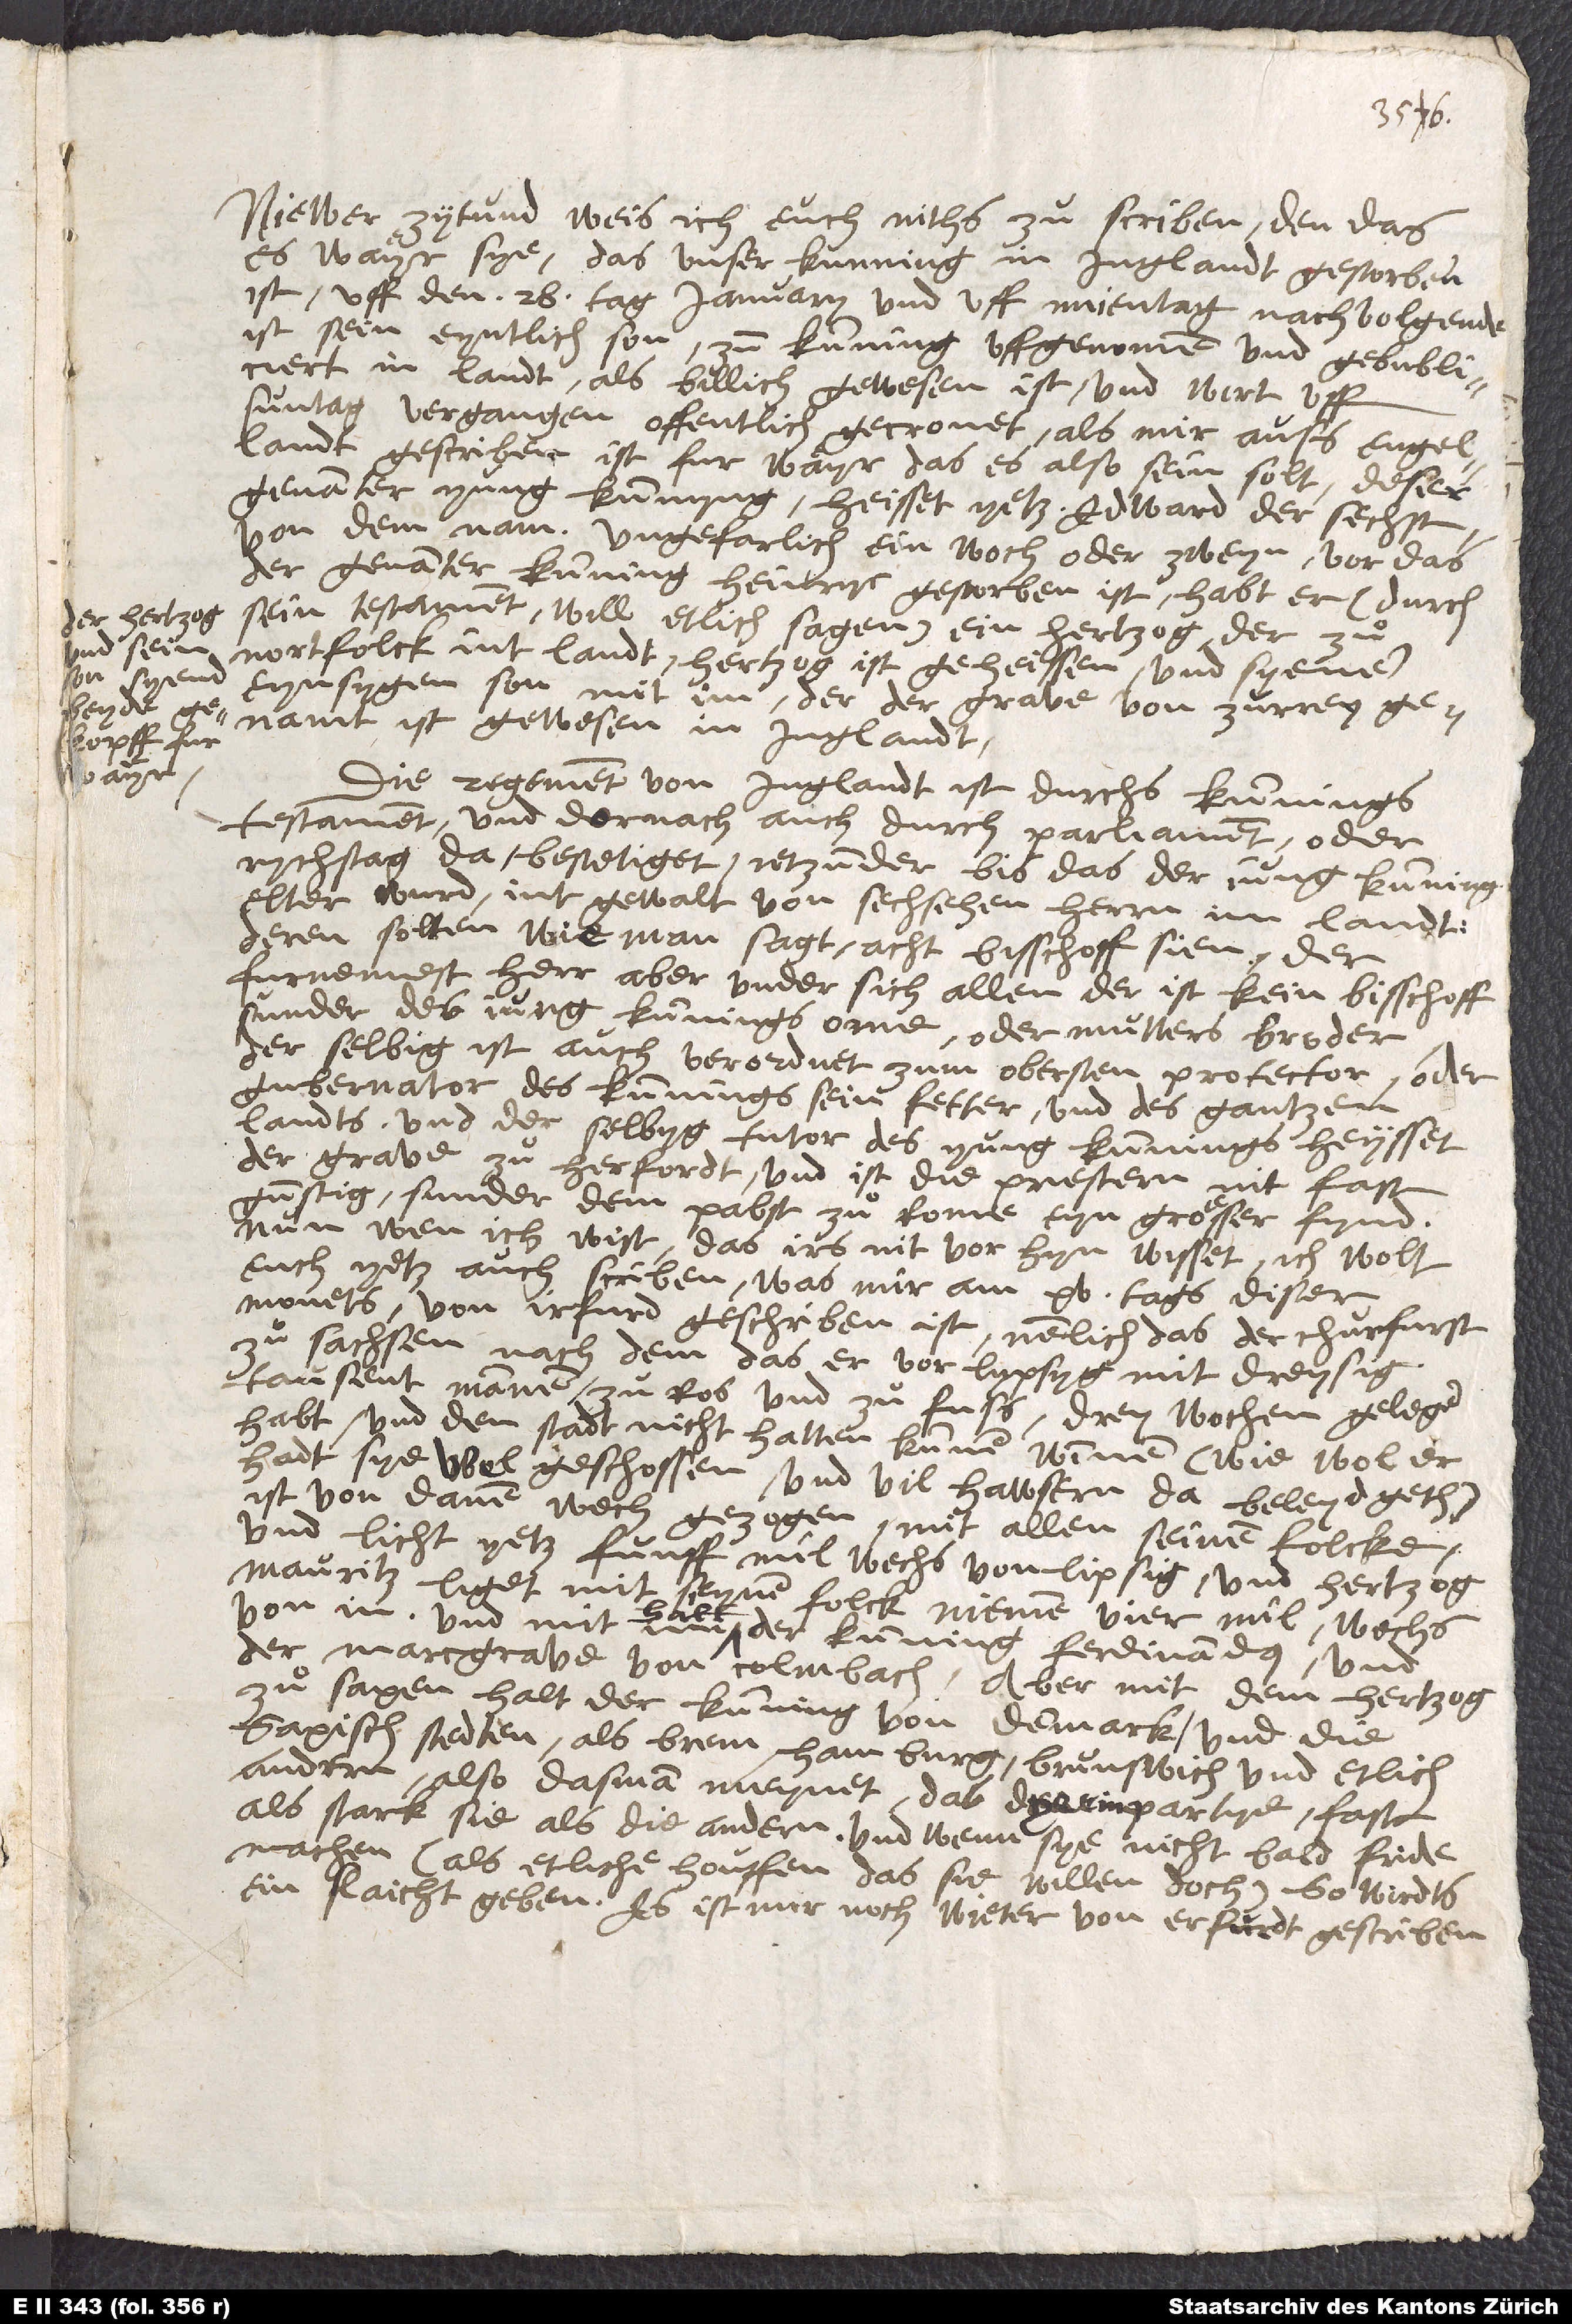
Der hertzog
und sein
son syend
beyde

Niewer zytund weis ich euch niths zu scriben, den das
es waͤyr sye, das unser kunning in Jnglandt gestorben
ist uff den 28. tag januarii, und uff muentag nachvolgende
ist sein eyntlich son zum kunning uffgenomen und gebubliciert
in landt, als billich gewesen ist, und wirt uff
suntag vergangen offentlich gecronet, als mir auß Engellandt
gescriben ist fur waͤyr, das es also sein solt. Deser
genanter yung kunnyng heisset yetz Edward der sechst
von dem nam. Ungefarlich ein woch oder zweyn, vor das
der genanter kunning Heinryc gestorben ist, habt er(durch
sein testament, will etlich sagen) ein hertzog, der zuͦ
Nortfolck int landt hertzog ist geheissen, und syenen
eynsygen son mit im, der der grave von Zurrey
genamt ist gewesen in Jnglandt.
Die regement von Jnglandt ist durchs kunnings
testament und dornach auch durch parliament oder
rychstag da bestetiget (ietzunder bis das der jung kunning
elter wurd) int gewalt von sechsehen herren im landt.
Deren solten, wie man sagt, acht bisschoff sien. Der
furnemest herr aber under sich allen, der ist kein bisschoff,
sunder des jung kunnings ome oder mutters broder.
Derselbig ist auch verordnet zum obersten protector oder
gubernator des kunnings, sein fetter, und des gantzen
landts; und derselbig, tutor des yung kunnings, heysset
der grave zuͦ Herfordt und ist die prestern nit fast
gunstig, sunder dem papst zuͦ Rome eyn groͤsser fynd.
Nun wen ich wist, das irs nit vorhyn wisset, ich wolt
euch yetz auch scriben, was mir am 15. tags diser
monets von Jrfurd geschriben ist, nemlich das der churfurst
zuͦ Sachsen, nachdem das er vor Lypsyg mit dreysig
tausent mannen zu ros und zu fuß drey wochen gelegen
habt und den stadt nicht hatten kunnen nimmen (wiewol er
hadt sye ubel geschossen und vil hawsern da beleydgeth),
ist von danen noch gezogen mit allen seinem folcke
und licht yetz funff mil wechs von Lipsig, und hertzog
Mauritz liget mit seynem folck niemen vier mil wechs
von in, und mit im halt der kunning Ferdinandus und
der marcgrave von Colmbach. Aber mit dem hertzog
zuͦ Saxen halt der kunning von Denmark und die
saxisch stedten als Brem, Hamburg, Brunswich und etlich
andern, also das man meynet, das dye ein partye fast
als stark sie als die andern, und wenn sye nicht bald fride
machen (als etliche houffen, das sie willen doch), so wirdts
ein slaicht geben. Es ist mir noch wieter von Erfurdt gescriben,